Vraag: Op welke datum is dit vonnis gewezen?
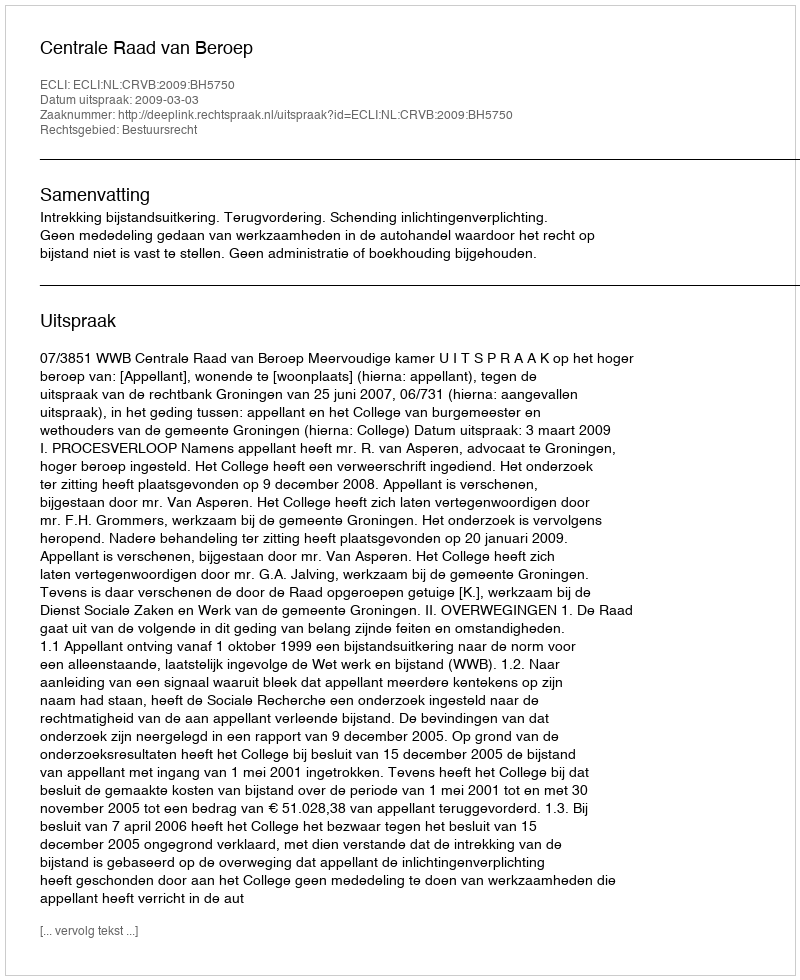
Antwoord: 2009-03-03